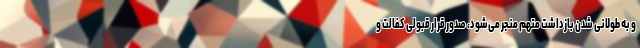
و به طولانی شدن بازداشت متهم منجر می‌شود، صدور قرار قبولی کفالت و